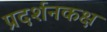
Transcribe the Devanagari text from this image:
प्रदर्शनकक्ष